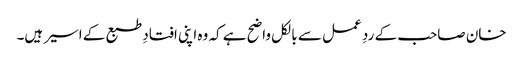
خان صاحب کے ردِ عمل سے بالکل واضح ہے کہ وہ اپنی افتادِ طبع کے اسیر ہیں۔